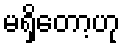
မရှိတော့ဟု